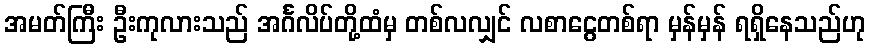
အမတ်ကြီး ဦးကုလားသည် အင်္ဂလိပ်တို့ထံမှ တစ်လလျှင် လစာငွေတစ်ရာ မှန်မှန် ရရှိနေသည်ဟု